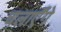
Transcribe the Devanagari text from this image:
चलाएँगे